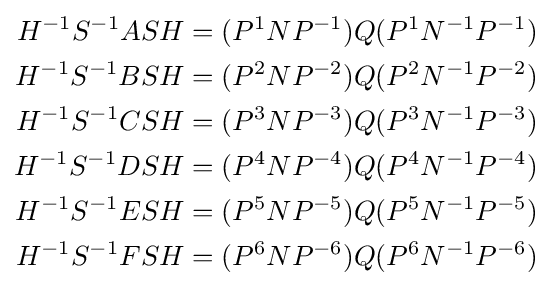
{\begin{aligned}H^{-1}S^{-1}ASH&=(P^{1}NP^{-1})Q(P^{1}N^{-1}P^{-1})\\H^{-1}S^{-1}BSH&=(P^{2}NP^{-2})Q(P^{2}N^{-1}P^{-2})\\H^{-1}S^{-1}CSH&=(P^{3}NP^{-3})Q(P^{3}N^{-1}P^{-3})\\H^{-1}S^{-1}DSH&=(P^{4}NP^{-4})Q(P^{4}N^{-1}P^{-4})\\H^{-1}S^{-1}ESH&=(P^{5}NP^{-5})Q(P^{5}N^{-1}P^{-5})\\H^{-1}S^{-1}FSH&=(P^{6}NP^{-6})Q(P^{6}N^{-1}P^{-6})\\\end{aligned}}